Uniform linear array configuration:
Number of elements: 12
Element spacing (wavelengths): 0.25
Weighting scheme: hamming
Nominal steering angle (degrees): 0
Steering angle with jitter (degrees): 0.853
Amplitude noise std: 0.05
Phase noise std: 0.05

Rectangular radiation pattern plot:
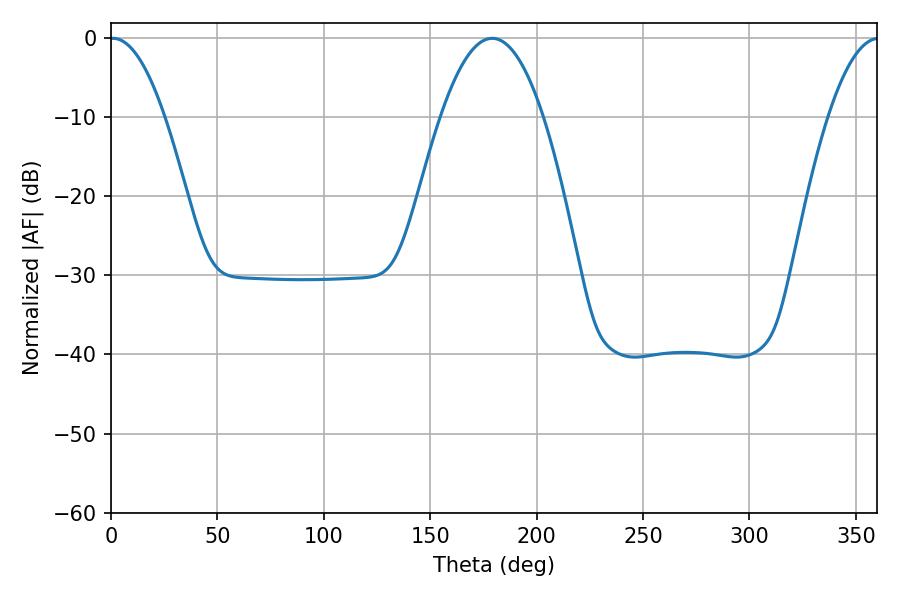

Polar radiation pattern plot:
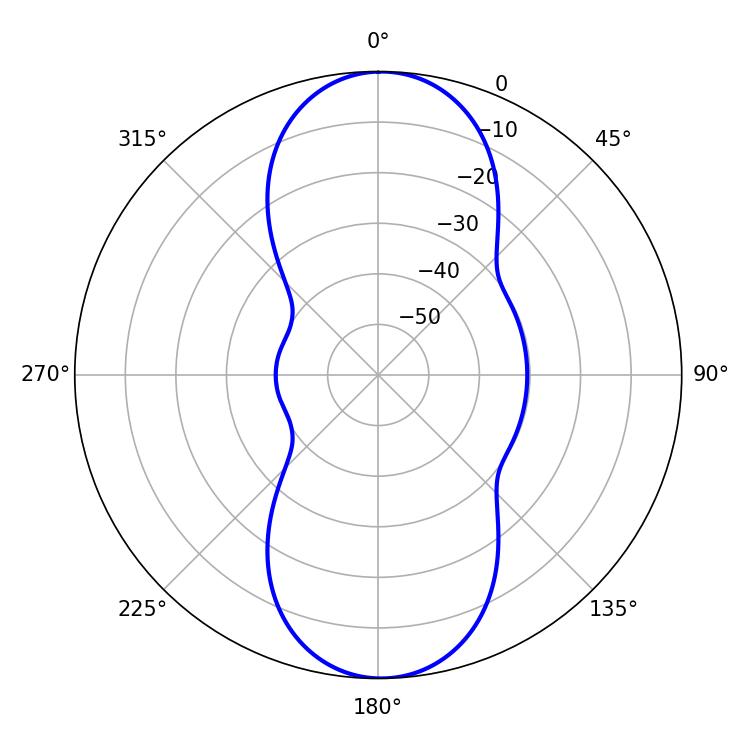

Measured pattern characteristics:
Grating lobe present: FALSE
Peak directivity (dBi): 20.27
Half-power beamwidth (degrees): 14.22
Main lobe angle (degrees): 0.9